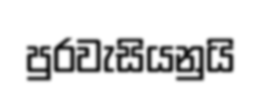
පුරවැසියනුයි